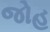
જોહ